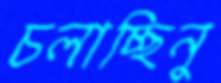
চলাচ্ছিনু